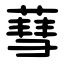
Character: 蔧